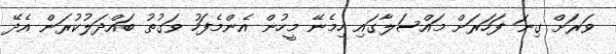
ވަރަށް ގިނަ ފަހަރަށް މައްސަލާގައި ހިމެނޭ މީހުން އެންމެފަހު ވަގުތު ބައްދަލުކުރަން އެދޭ